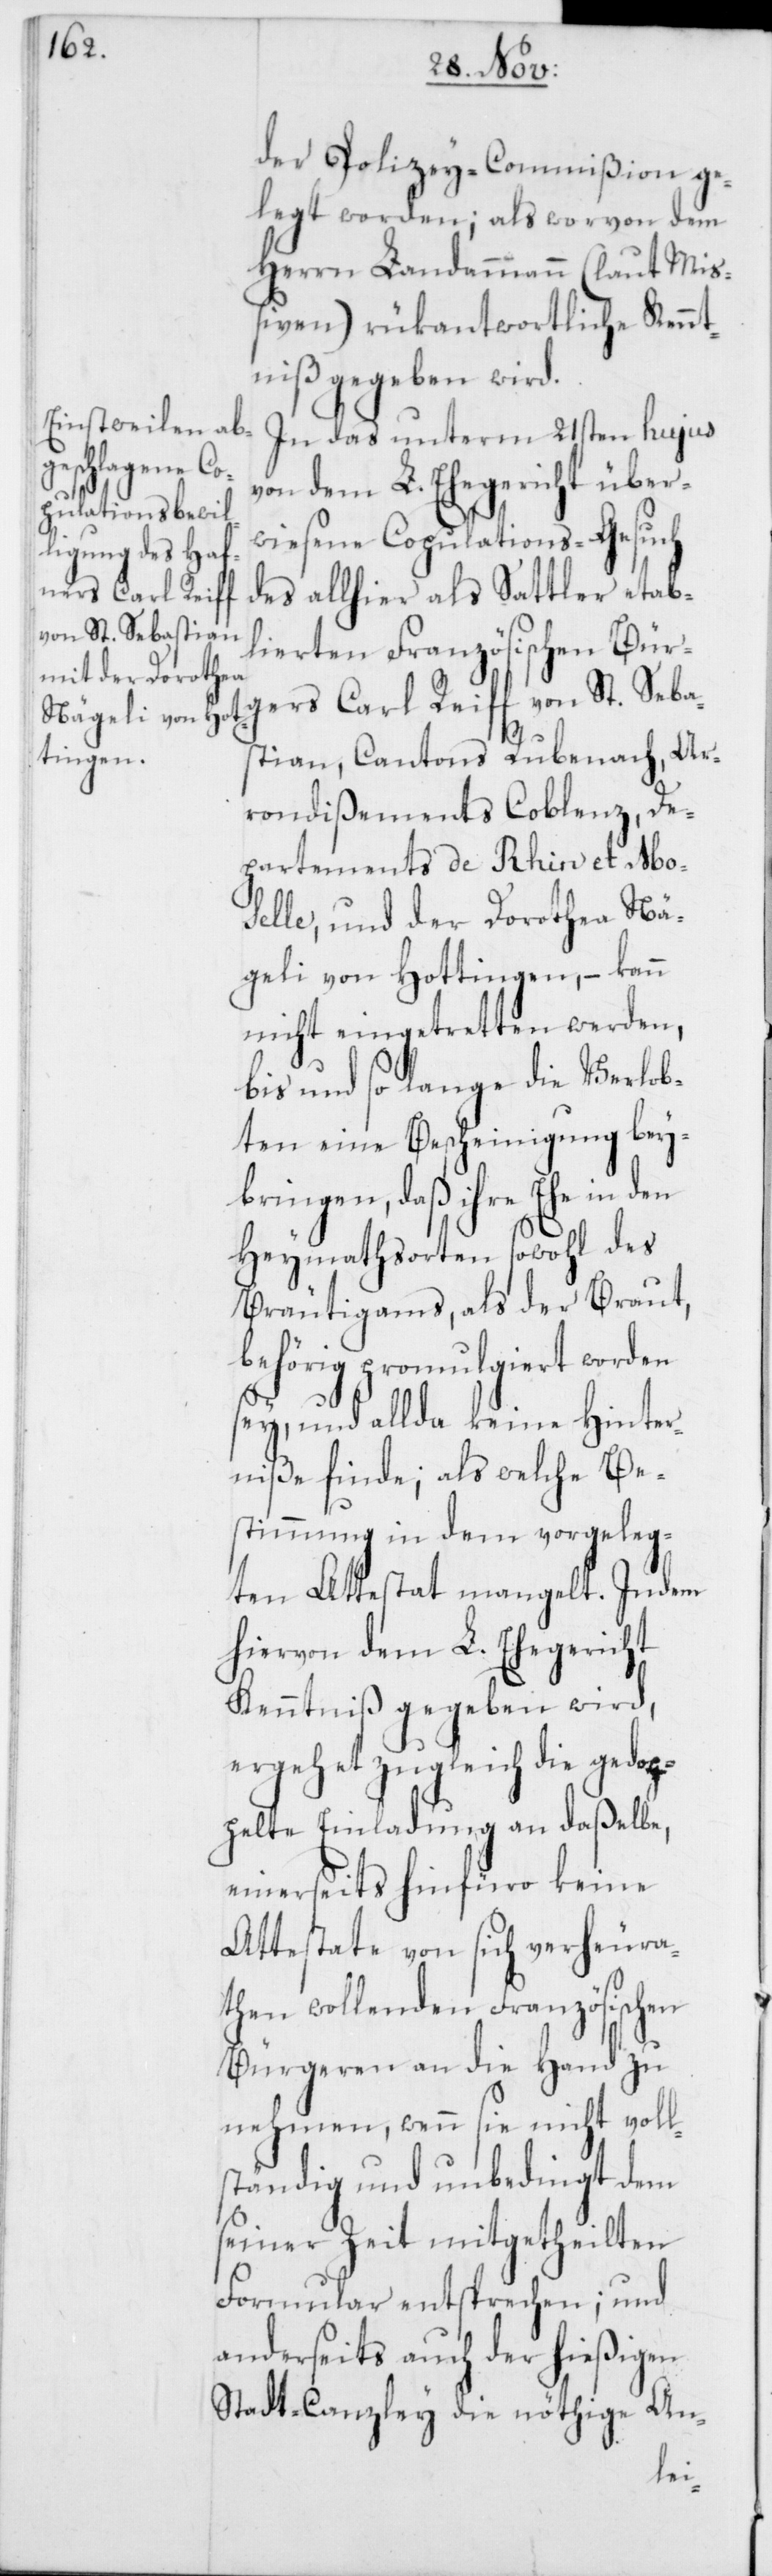
der Polizey-Commißion ge¬
legt worden; als worvon dem
Herrn Landammann (laut Miß¬
iven) rükantwortliche Kennt¬
niß gegeben wird.
In das unterm 21sten hujus
von dem L. Ehegericht über¬
wiesene Copulations-Gesuch
gers Carl Reiff
des allhier als Sattler etab¬
von St. Sebasti¬
lierten Französischen Bür¬
an, Cantons Rubenach, Ar¬
rondißement Coblenz, De¬
partements de Rhin et Mo¬
selle, und der Dorothea Nä¬
geli von Hottingen, – kann
nicht eingetretten werden,
bis und so lange die Verlob¬
ten eine Bescheinigung bey¬
bringen, daß ihre Ehe in den
Heymathsorten sowohl des
Bräutigams als der Braut,
behörig promulgiert worden
sey, und allda keine Hinter¬
niße finde; als welche Be¬
stimmung in dem vorgeleg¬
ten Attestat mangelt. Indem
hiervon dem L. Ehegericht
Kenntniß gegeben wird,
ergehet zugleich die gedop¬
pelte Einladung an daßelbe,
einerseits hinfüro keine
Attestate von sich verheura¬
then wollenden Französischen
Bürgeren an die Hand zu
nehmen, wenn sie nicht voll¬
ständig und unbedingt dem
seiner Zeit mitgetheilten
Formular entsprechen; und
anderseits auch der hießigen
Stadt-Canzley die nöthige An-